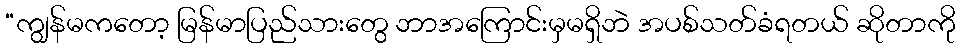
“ကျွန်မကတော့ မြန်မာပြည်သားတွေ ဘာအကြောင်းမှမရှိဘဲ အပစ်သတ်ခံရတယ် ဆိုတာကို